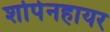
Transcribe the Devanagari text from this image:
शोपेनहायर